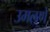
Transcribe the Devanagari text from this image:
उमलणे